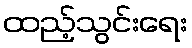
ထည့်သွင်းရေး